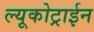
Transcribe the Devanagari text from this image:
ल्यूकोट्राईन